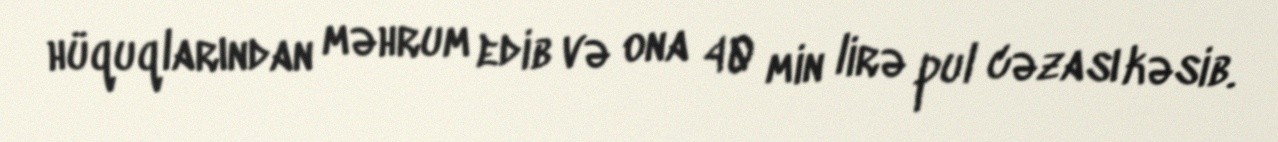
hüquqlarından məhrum edib və ona 40 min lirə pul cəzası kəsib.